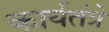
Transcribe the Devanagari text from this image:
कार्यतंत्रे